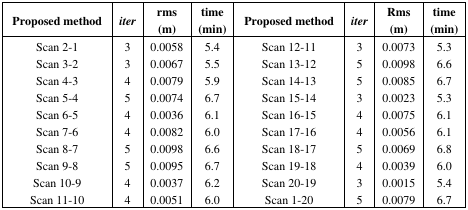
| Proposed method | iter | rms (m) | time (min) | Proposed method | iter | Rms (m) | time (min) |
 | --- | --- | --- | --- | --- | --- | --- | --- |
 | Scan 2-1 | 3 | 0.0058 | 5.4 | Scan 12-11 | 3 | 0.0073 | 5.3 |
 | Scan 3-2 | 3 | 0.0067 | 5.5 | Scan 13-12 | 5 | 0.0098 | 6.6 |
 | Scan 4-3 | 4 | 0.0079 | 5.9 | Scan 14-13 | 5 | 0.0085 | 6.7 |
 | Scan 5-4 | 5 | 0.0074 | 6.7 | Scan 15-14 | 3 | 0.0023 | 5.3 |
 | Scan 6-5 | 4 | 0.0036 | 6.1 | Scan 16-15 | 4 | 0.0075 | 6.1 |
 | Scan 7-6 | 4 | 0.0082 | 6.0 | Scan 17-16 | 4 | 0.0056 | 6.1 |
 | Scan 8-7 | 5 | 0.0098 | 6.6 | Scan 18-17 | 5 | 0.0069 | 6.8 |
 | Scan 9-8 | 5 | 0.0095 | 6.7 | Scan 19-18 | 4 | 0.0039 | 6.0 |
 | Scan 10-9 | 4 | 0.0037 | 6.2 | Scan 20-19 | 3 | 0.0015 | 5.4 |
 | Scan 11-10 | 4 | 0.0051 | 6.0 | Scan 1–20 | 5 | 0.0079 | 6.7 |